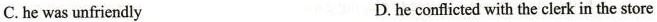
C. he was unfriendly D.he conflicted with the clerk in the store